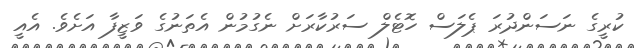
ކުރީގެ ނަސަންދުރަ ޕެލަސް ހޮޓެލް ސަރުކާރަށް ނެގުމުން އެތަނުގެ ވަޒީފާ އަށެވެ. އެއީ